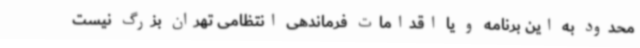
محدود به این برنامه و یا اقدامات فرماندهی انتظامی تهران بزرگ نیست